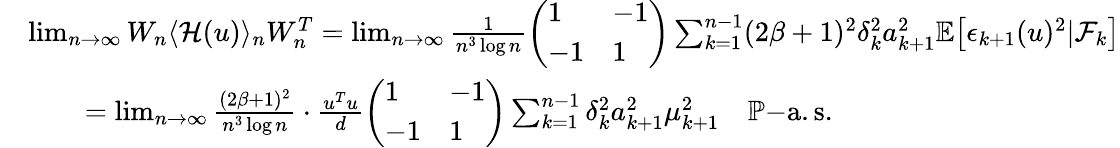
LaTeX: \begin{array}{rl}&{\operatorname*{lim}_{n\to\infty}W_{n}\langle\mathcal{H}(u)\rangle_{n}W_{n}^{T}=\operatorname*{lim}_{n\to\infty}\frac{1}{n^{3}\log n}\left(\begin{array}{ll}{1}&{-1}\\ {-1}&{1}\end{array}\right)\sum_{k=1}^{n-1}(2\beta+1)^{2}\delta_{k}^{2}a_{k+1}^{2}\mathbb{E}\big[\epsilon_{k+1}(u)^{2}|\mathcal{F}_{k}\big]}\\ &{\quad\quad=\operatorname*{lim}_{n\to\infty}\frac{(2\beta+1)^{2}}{n^{3}\log n}\cdot\frac{u^{T}u}{d}\left(\begin{array}{ll}{1}&{-1}\\ {-1}&{1}\end{array}\right)\sum_{k=1}^{n-1}\delta_{k}^{2}a_{k+1}^{2}\mu_{k+1}^{2}\quad\mathbb{P}\mathrm{-a.s.}}\end{array}